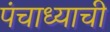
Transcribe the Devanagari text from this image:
पंचाध्याची